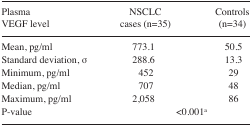
<table><thead><tr><td><b>Plasma VEGF level</b></td><td><b>NSCLC cases (n=35)</b></td><td><b>Controls (n=34)</b></td></tr></thead><tbody><tr><td>Mean, pg/ml</td><td>773.1</td><td>50.5</td></tr><tr><td>Standard deviation, σ</td><td>288.6</td><td>13.3</td></tr><tr><td>Minimum, pg/ml</td><td>452</td><td>29</td></tr><tr><td>Median, pg/ml</td><td>707</td><td>48</td></tr><tr><td>Maximum, pg/ml</td><td>2,058</td><td>86</td></tr><tr><td>P-value</td><td colspan="2">&lt;0.001a</td></tr></tbody></table>